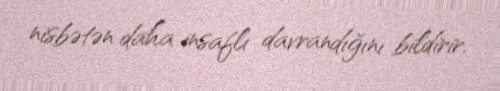
nisbətən daha insaflı davrandığını bildirir.